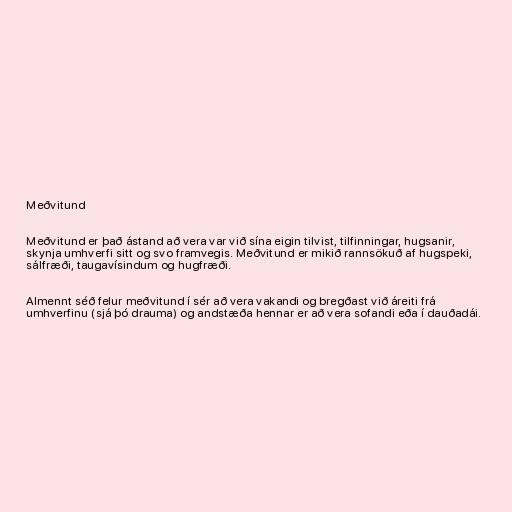
Meðvitund

Meðvitund er það ástand að vera var við sína eigin tilvist, tilfinningar, hugsanir,
skynja umhverfi sitt og svo framvegis. Meðvitund er mikið rannsökuð af hugspeki,
sálfræði, taugavísindum og hugfræði.

Almennt séð felur meðvitund í sér að vera vakandi og bregðast við áreiti frá
umhverfinu (sjá þó drauma) og andstæða hennar er að vera sofandi eða í dauðadái.